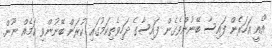
"އެއީ އަހަރެން ފައިސާ ބޭނުންވެގެން ފައިސާގެ ދަހިވެތިކަމުގައި ކުރަން ބޭނުންވި ކަމެއް ނޫން.